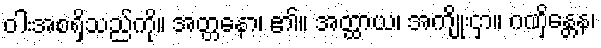
ဝါးအစရှိသည်ကို။ အတ္တနော၊ ၏။ အတ္ထာယ၊ အကျိုးငှာ။ ဂဏှိန္တေန၊